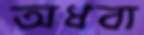
অধবা